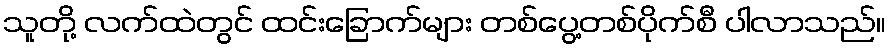
သူတို့ လက်ထဲတွင် ထင်းခြောက်များ တစ်ပွေ့တစ်ပိုက်စီ ပါလာသည်။